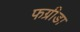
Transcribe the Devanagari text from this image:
फग्रीडा